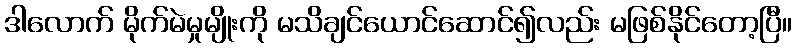
ဒါလောက် မိုက်မဲမှုမျိုးကို မသိချင်ယောင်ဆောင်၍လည်း မဖြစ်နိုင်တော့ပြီ။